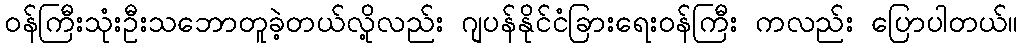
ဝန်ကြီးသုံးဦးသဘောတူခဲ့တယ်လို့လည်း ဂျပန်နိုင်ငံခြားရေးဝန်ကြီး ကလည်း ပြောပါတယ်။